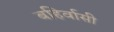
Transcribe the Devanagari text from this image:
बहिर्वासी